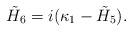
LaTeX: \begin{align*}\tilde{H}_6=i(\kappa_1-\tilde{H}_5).\end{align*}